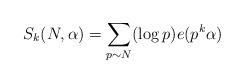
LaTeX: \begin{align*}S_{k}(N,\alpha)=\sum\limits_{p\sim N}(\log p)e(p^{k}\alpha)\end{align*}